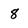
Character: 8